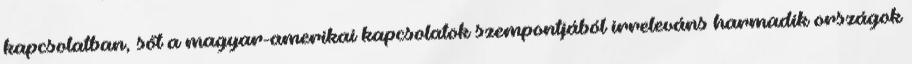
kapcsolatban, sőt a magyar-amerikai kapcsolatok szempontjából irreleváns harmadik országok